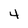
Character: 4